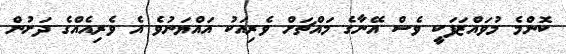
ކޮންމެ މުވައްޒަފަކީ ވެސް އޭނާގެ މައްޗަށް ވެރިއަކު އައްޔަނުވެ އެ ވެރިއެއްގެ ދަށުން